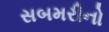
સબમરીનો